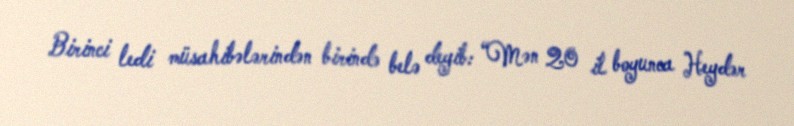
Birinci ledi müsahibələrindən birində belə deyib: “Mən 20 il boyunca Heydər